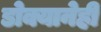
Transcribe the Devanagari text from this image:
डोक्यानेही